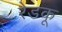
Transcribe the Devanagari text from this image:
रेडकू